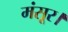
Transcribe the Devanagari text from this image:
मंसूर।